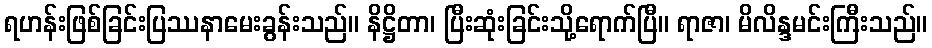
ရဟန်းဖြစ်ခြင်းပြဿနာမေးခွန်းသည်။ နိဋ္ဌိတာ၊ ပြီးဆုံးခြင်းသို့ရောက်ပြီ။ ရာဇာ၊ မိလိန္ဒမင်းကြီးသည်။